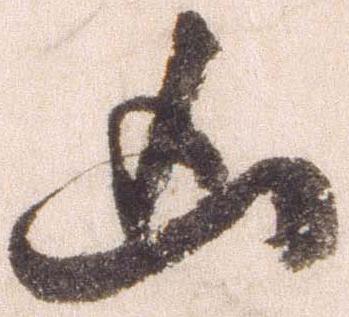
凶